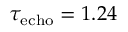
\tau _ { \mathrm { e c h o } } = 1 . 2 4